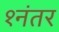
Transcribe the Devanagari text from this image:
१नंतर